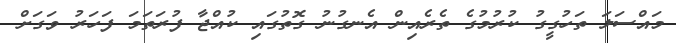
މައްސަލަ ތަހުގީގު ކުރުމުގެ ތެރެއިން އެނގުނު ގޮތުގައި ކުއްޖާ ފުރަތަމަ ފަހަރު ވަގަށް